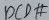
Text: DCD#